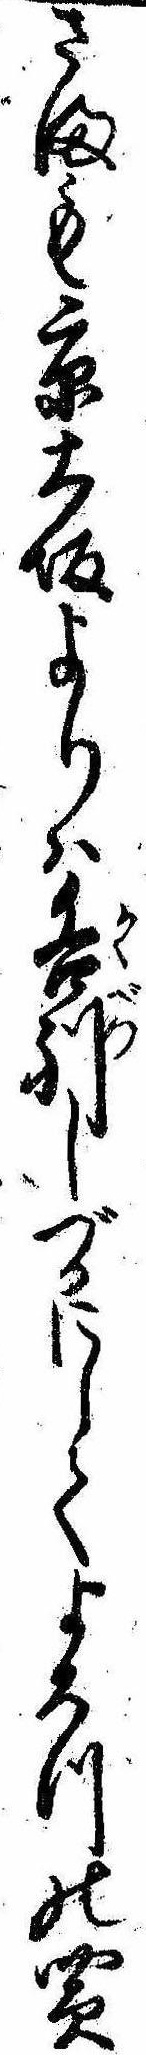
さまも京大坂よりは各別しづかにしてよろつの買